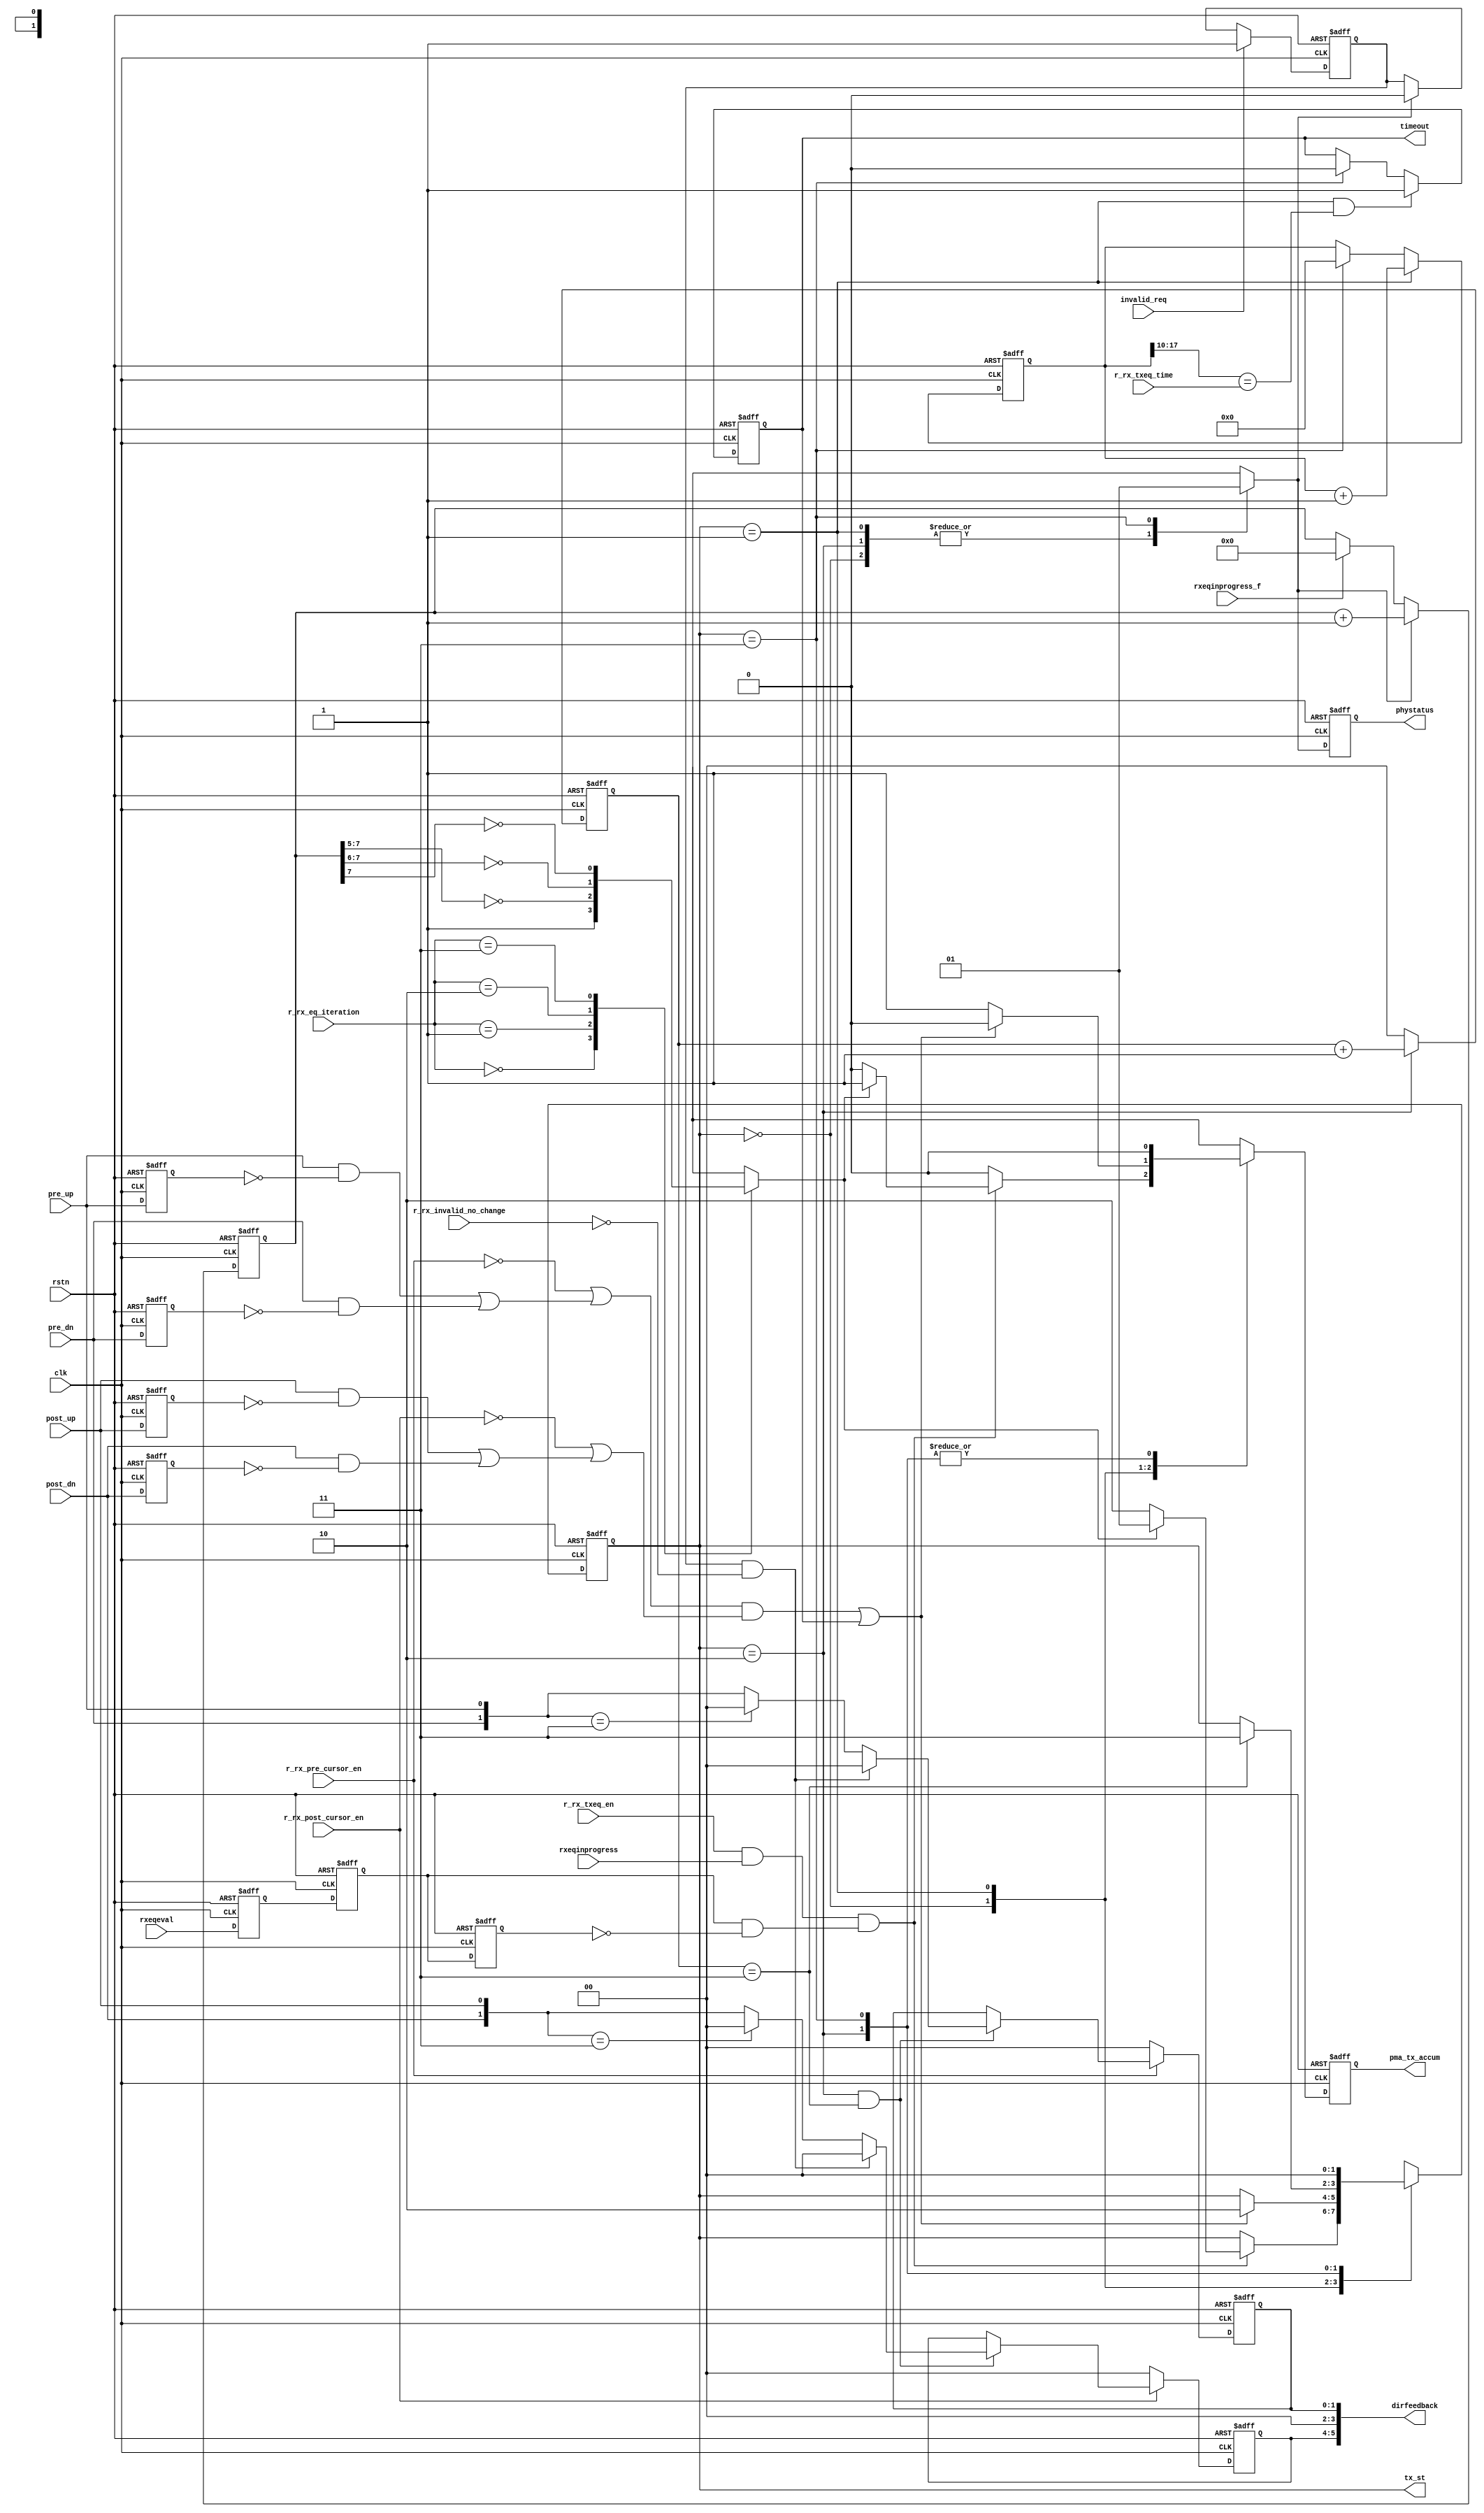
// This program was cloned from: https://github.com/chipsalliance/aib-phy-hardware
// License: Apache License 2.0

// SPDX-License-Identifier: Apache-2.0
// Copyright (C) 2019 Intel Corporation. 
module c3aibadapt_rxdp_txeq_sm(/*AUTOARG*/
   // Outputs
   phystatus, dirfeedback, pma_tx_accum, tx_st, timeout,
   // Inputs
   clk, rstn, rxeqinprogress, rxeqeval, invalid_req, rxeqinprogress_f,
   pre_up, pre_dn, post_up, post_dn, r_rx_txeq_en, r_rx_pre_cursor_en,
   r_rx_post_cursor_en, r_rx_invalid_no_change, r_rx_eq_iteration,
   r_rx_txeq_time
   );


input clk;
input rstn;


// PIPE
input rxeqinprogress;
input rxeqeval;
input invalid_req;
input rxeqinprogress_f;

output phystatus;
output [5:0] dirfeedback;

// PMA
input pre_up;
input pre_dn;
input post_up;
input post_dn;

output pma_tx_accum;

// CARM
input r_rx_txeq_en;
input r_rx_pre_cursor_en;
input r_rx_post_cursor_en;
input r_rx_invalid_no_change;
input [1:0] r_rx_eq_iteration;
input [7:0] r_rx_txeq_time;

output [1:0] tx_st;
output timeout;

reg pma_tx_accum, phystatus;
// internal 
parameter TX_EQ 	= 2'd0;
parameter TX_EVAL 	= 2'd1;
parameter TX_WAIT_FB 	= 2'd2;
parameter TX_FB 	= 2'd3;

reg [1:0] st_cnt;
reg [1:0] tx_st, tx_nt;
reg pma_tx_accum_n, phystatus_n;
reg [7:0] eq_done_cnt;
//reg [15:0] timeout_cnt; 
reg [17:0] timeout_cnt; // add 2bits, (2^18 * 4ns = 1024 us max) 
reg timeout;

reg rxeqeval_d0, rxeqeval_d1, rxeqeval_d2;
reg invalid_req_d;

// delay rxeqeval in case rxeqinprogress comes early
always @(posedge clk or negedge rstn)
   if (~rstn) begin
	rxeqeval_d0 <= 1'b0;
	rxeqeval_d1 <= 1'b0;
	rxeqeval_d2 <= 1'b0;
   end
   else begin
	rxeqeval_d0 <= rxeqeval;
	rxeqeval_d1 <= rxeqeval_d0;
	rxeqeval_d2 <= rxeqeval_d1;
   end

wire rxeqeval_r = rxeqeval_d1 & !rxeqeval_d2;
//
// latch invalid_req  
// invalid_req 
always @(posedge clk or negedge rstn)
   if (~rstn) invalid_req_d <= 1'b0;
   else if (invalid_req) invalid_req_d <= 1'b1;
   else if (phystatus_n) invalid_req_d <= 1'b0;		

// eq_done
reg eq_done_cnt_lt_eq_limit;
always @(posedge clk or negedge rstn)
   if (~rstn) eq_done_cnt <= 8'd0;
   else if (phystatus_n) eq_done_cnt <= eq_done_cnt + 1;
   else if (rxeqinprogress_f) eq_done_cnt <= 8'd0;
   

always @*
begin
   case(r_rx_eq_iteration)
   2'd0: eq_done_cnt_lt_eq_limit = 1'b1;
   2'd1: eq_done_cnt_lt_eq_limit = (eq_done_cnt[7:5] == 3'd0);
   2'd2: eq_done_cnt_lt_eq_limit = (eq_done_cnt[7:6] == 2'd0);
   2'd3: eq_done_cnt_lt_eq_limit = !eq_done_cnt[7];
   endcase
end

// timeout counter
always @(posedge clk or negedge rstn)
   if (~rstn) timeout_cnt <= 18'd0;
   else if (tx_st == TX_EVAL) timeout_cnt <= timeout_cnt + 1;
   else if (tx_st == TX_FB) timeout_cnt <= 18'd0;

always @(posedge clk or negedge rstn)
   if (~rstn) timeout <= 1'b0;
   else if ((tx_st == TX_EVAL) && (timeout_cnt[17:10] == r_rx_txeq_time)) timeout <= 1'b1;
   else if (tx_st == TX_FB) timeout <= 1'b0; 

// 
// get PMA results
// wait for rising edge  
// pma will latch pre_up/dn post_up/dn and reset with next pma_tx_accum
reg pre_up_d, pre_dn_d, post_up_d, post_dn_d;
wire pre_done = !r_rx_pre_cursor_en || ((pre_up & !pre_up_d) || (pre_dn & !pre_dn_d)); 
wire post_done = !r_rx_post_cursor_en || ((post_up & !post_up_d) || (post_dn & !post_dn_d));
reg [1:0] pma_pre_fb, pma_post_fb;

always @(posedge clk or negedge rstn)
   if (~rstn) begin
	pre_up_d <= 1'b0;
	pre_dn_d <= 1'b0;
	post_up_d <= 1'b0;
	post_dn_d <= 1'b0;
   end
   else begin
	pre_up_d <= pre_up;
        pre_dn_d <= pre_dn;
        post_up_d <= post_up;
        post_dn_d <= post_dn;
   end


always @(posedge clk or negedge rstn)
   if (~rstn) pma_pre_fb <= 2'd0;
   else if (!r_rx_pre_cursor_en) pma_pre_fb <= 2'd0;
   else if (tx_st == TX_WAIT_FB && st_cnt == 2'd3) begin
	if (invalid_req_d & !r_rx_invalid_no_change) pma_pre_fb <= 2'd0;
    // last minute change to filter UP & DN, which is illegal per the PIPE spec  
    // else pma_pre_fb <= {pre_dn,pre_up};
    else pma_pre_fb <= ({pre_dn,pre_up} == 2'b11) ? 2'b00 : {pre_dn,pre_up};
   end

always @(posedge clk or negedge rstn)
   if (~rstn) pma_post_fb <= 2'd0;
   else if (!r_rx_post_cursor_en) pma_post_fb <= 2'd0;
   else if (tx_st == TX_WAIT_FB && st_cnt == 2'd3) begin
	if (invalid_req_d & !r_rx_invalid_no_change) pma_post_fb <= 2'd0;
    // last minute change to filter UP & DN, which is illegal per the PIPE spec        
	// else pma_post_fb <= {post_dn,post_up};
    else pma_post_fb <= ({post_dn,post_up} == 2'b11) ? 2'b00 : {post_dn,post_up};
   end

assign dirfeedback = {pma_post_fb,2'b00,pma_pre_fb};

// cnt
always @(posedge clk or negedge rstn)
   if (~rstn) st_cnt <= 2'b0;
   else if (tx_st == TX_WAIT_FB) st_cnt <= st_cnt + 1;
   else st_cnt <= 2'b0;

always @(posedge clk or negedge rstn)
   if (~rstn) tx_st <= TX_EQ;
   else tx_st <= tx_nt;

always @*
begin
	tx_nt = tx_st;
	pma_tx_accum_n = 1'b0;
	phystatus_n = 1'b0;
   case(tx_st)
   TX_EQ: begin
	   if (r_rx_txeq_en & rxeqinprogress & rxeqeval_r) begin
			if (eq_done_cnt_lt_eq_limit) begin
				tx_nt = TX_EVAL;
				pma_tx_accum_n = 1'b1;
			end
			else tx_nt = TX_WAIT_FB;
	   end
   end
   TX_EVAL: begin
		pma_tx_accum_n = 1'b1;
	   if ((pre_done & post_done) || timeout)begin
		tx_nt = TX_WAIT_FB;
		pma_tx_accum_n = 1'b0;
	   end
   end
   TX_WAIT_FB: begin
	   if (st_cnt == 2'd3) tx_nt = TX_FB;
   end
   TX_FB: begin
		phystatus_n = 1'b1;
		tx_nt = TX_EQ;
   end
   endcase
end

always @(posedge clk or negedge rstn)
   if (~rstn) begin
	pma_tx_accum <= 1'b0;
	phystatus <= 1'b0;
   end
   else begin
	pma_tx_accum <= pma_tx_accum_n;
	phystatus <= phystatus_n;
   end
	

endmodule